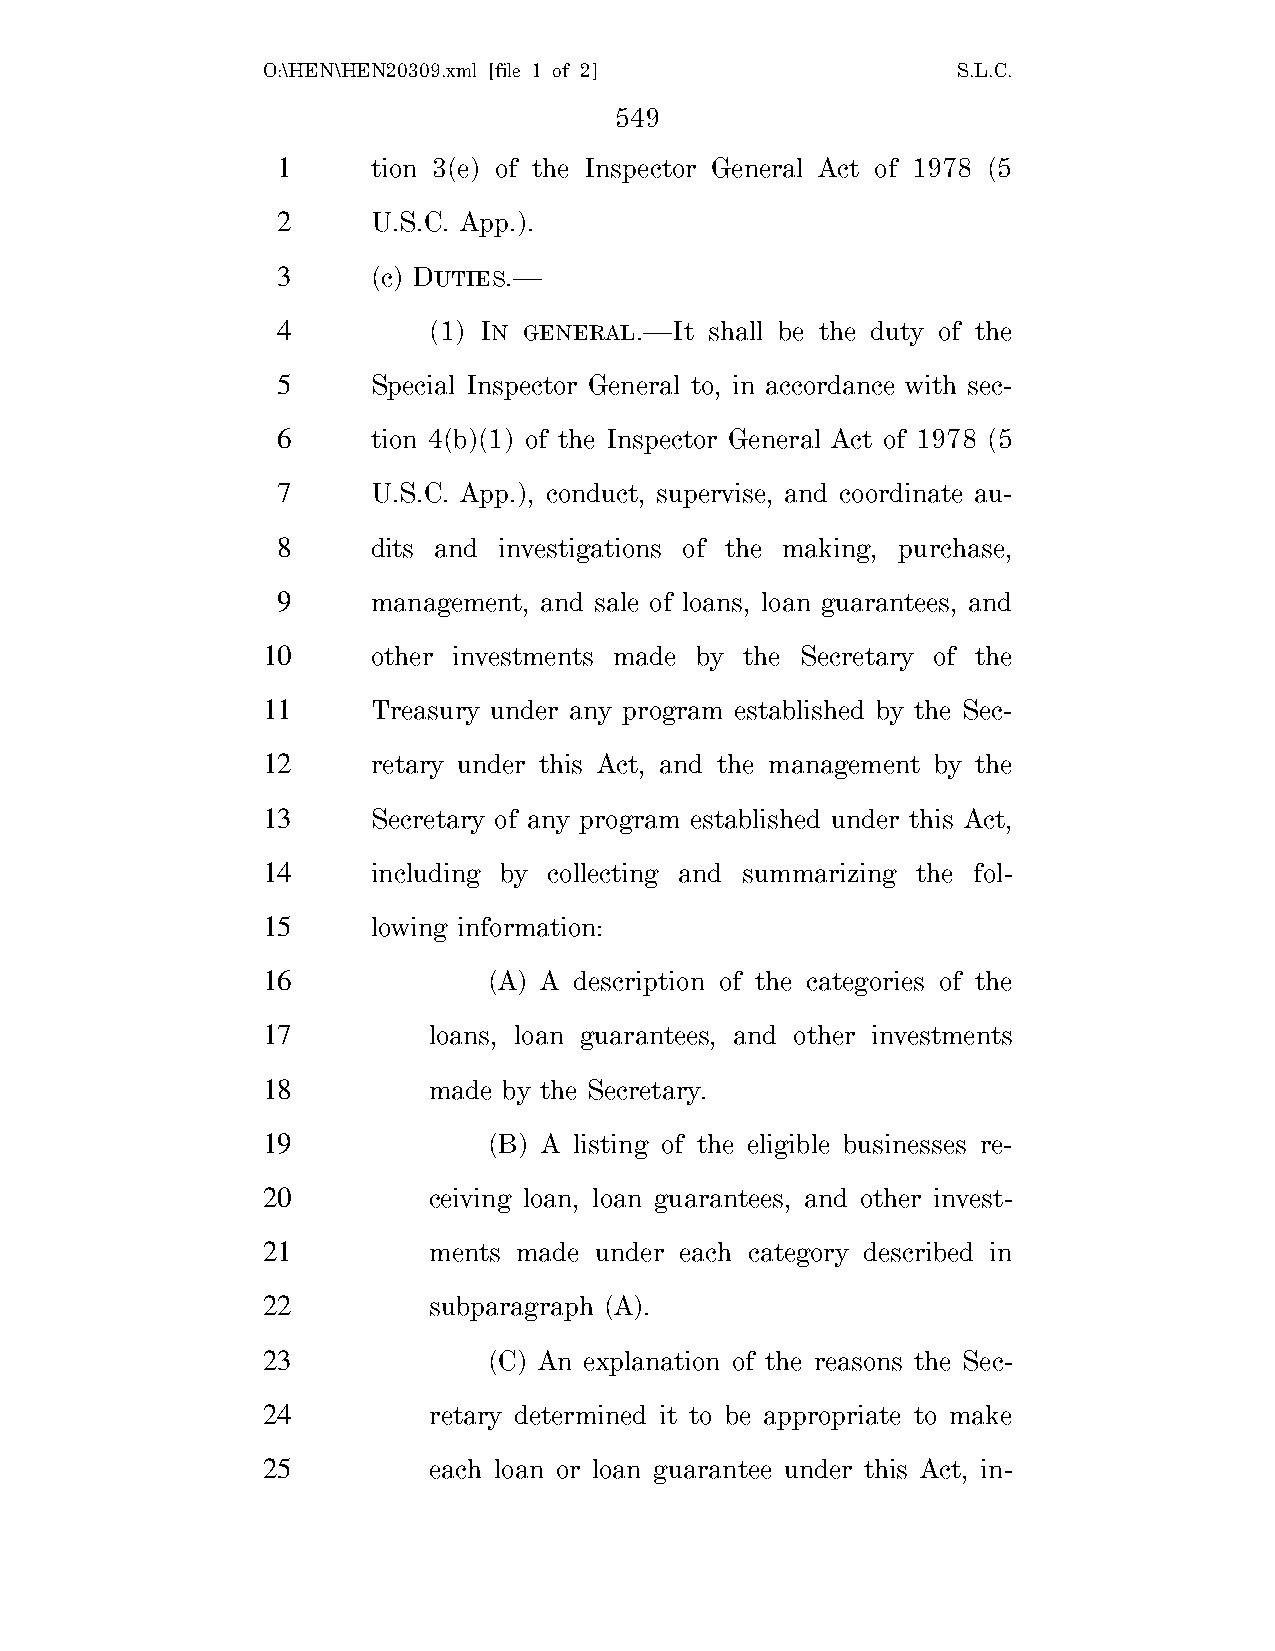
O:\HEN\HEN20309.xml [file 1 of 2]             S.L.C.
 549
 1      tion 3(e) of the Inspector General Act of 1978 (5
 2      U.S.C. App.).
 3      (c) DUTIES.—
 4         (1) IN GENERAL.—It shall be the duty of the
 5      Special Inspector General to, in accordance with sec-
 6      tion 4(b)(1) of the Inspector General Act of 1978 (5
 7      U.S.C. App.), conduct, supervise, and coordinate au-
 8      dits and investigations of the making, purchase,
 9      management, and sale of loans, loan guarantees, and
 10      other investments made by the Secretary of the
 11      Treasury under any program established by the Sec-
 12      retary under this Act, and the management by the
 13      Secretary of any program established under this Act,
 14      including by collecting and summarizing the fol-
 15      lowing information:
 16             (A) A description of the categories of the
 17         loans, loan guarantees, and other investments
 18         made by the Secretary.
 19             (B) A listing of the eligible businesses re-
 20         ceiving loan, loan guarantees, and other invest-
 21         ments made under each category described in
 22         subparagraph (A).
 23             (C) An explanation of the reasons the Sec-
 24         retary determined it to be appropriate to make
 25         each loan or loan guarantee under this Act, in-